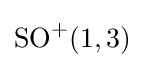
\mathrm {SO} ^{+}(1,3)